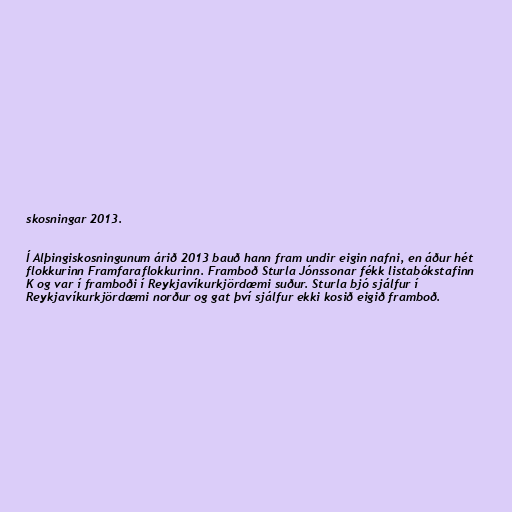
skosningar 2013.

Í Alþingiskosningunum árið 2013 bauð hann fram undir eigin nafni, en áður hét
flokkurinn Framfaraflokkurinn. Framboð Sturla Jónssonar fékk listabókstafinn
K og var í framboði í Reykjavíkurkjördæmi suður. Sturla bjó sjálfur í
Reykjavíkurkjördæmi norður og gat því sjálfur ekki kosið eigið framboð.